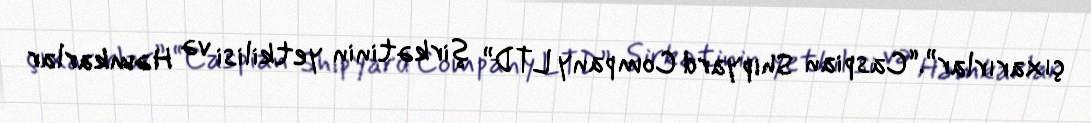
çıxarırlar”.“Caspian Shipyard Company LTD” şirkətinin yetkilisi və Həmkarlar